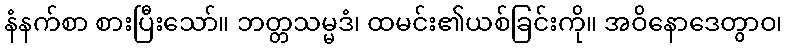
နံနက်စာ စားပြီးသော်။ ဘတ္တသမ္မဒံ၊ ထမင်း၏ယစ်ခြင်းကို။ အဝိနောဒေတွာဝ၊